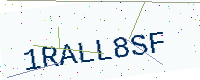
Text: 1RALL8SF